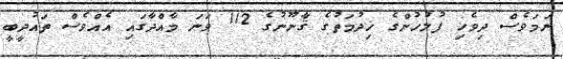
ނަމަވެސް ދިވެހި ފުލުހުންގެ ޚިދުމަތުގެ ޤާނޫނުގެ 112 ވަނަ މާއްދާގައި އެއްވެސް ތައުދީބީ